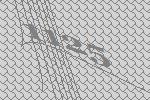
1125